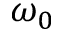
\omega _ { 0 }